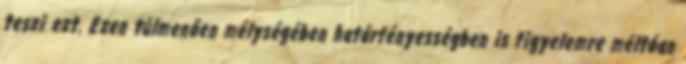
teszi ezt. Ezen túlmenően mélységében határfényességben is figyelemre méltóan